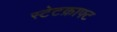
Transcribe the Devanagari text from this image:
स्टेटक्राफ्ट